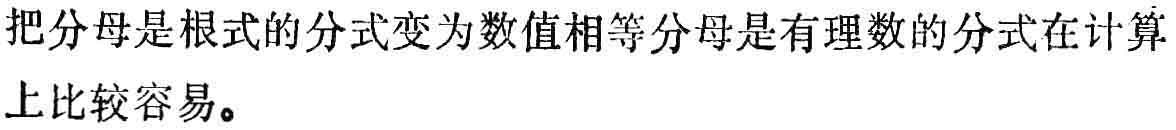
把分母是根式的分式变为数值相等分母是有理数的分式在计算上比较容易。